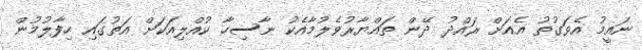
ނައީމު އެވަގުތު އެއަށް ރައްދު ދޭން ތައްޔާރުވެލުމާއެކު ނާސިހާ ކުއްލިއަކަށް އަތުގައި ހިފާލުމުން